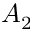
A _ { 2 }